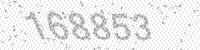
Solution: 168853